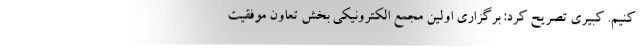
کنیم. کبیری تصریح کرد: برگزاری اولین مجمع الکترونیکی بخش تعاون موفقیت